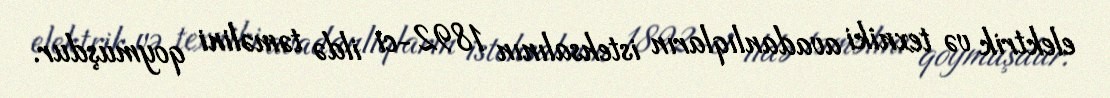
elektrik və texniki avadanlıqların istehsalının 1892-ci ildə təməlini qoymuşdur.